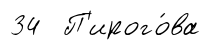
34 П'ирого́ва